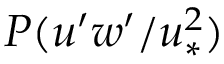
P ( u ^ { \prime } w ^ { \prime } / u _ { * } ^ { 2 } )